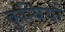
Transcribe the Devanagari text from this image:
कुन्बियों